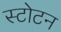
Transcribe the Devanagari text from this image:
स्टोटन